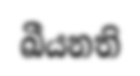
ඛීයනති